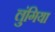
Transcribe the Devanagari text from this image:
लुंगिया